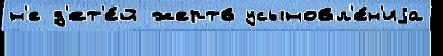
н'е д'ет'е́й жертв усыновл'е́н'иjа